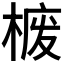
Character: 𪲮